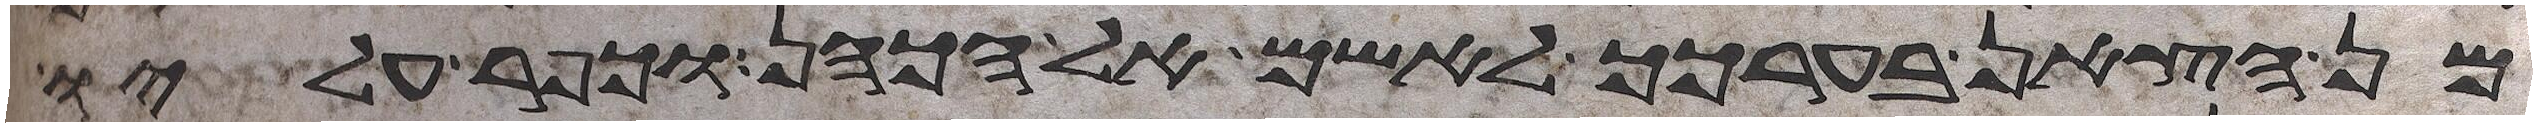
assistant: מן הצאן בערכך לאשם אל הכהן וכפר עליו